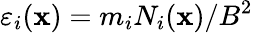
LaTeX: \varepsilon_{i}({\mathbf x})={m_{i}N_{i}({\mathbf x})/B^{2}}